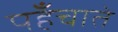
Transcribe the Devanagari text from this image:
पहँचाते